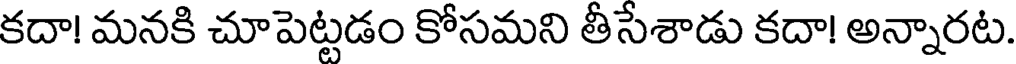
కదా! మనకి చూపెట్టడం కోసమని తీసేశాడు కదా! అన్నారట.